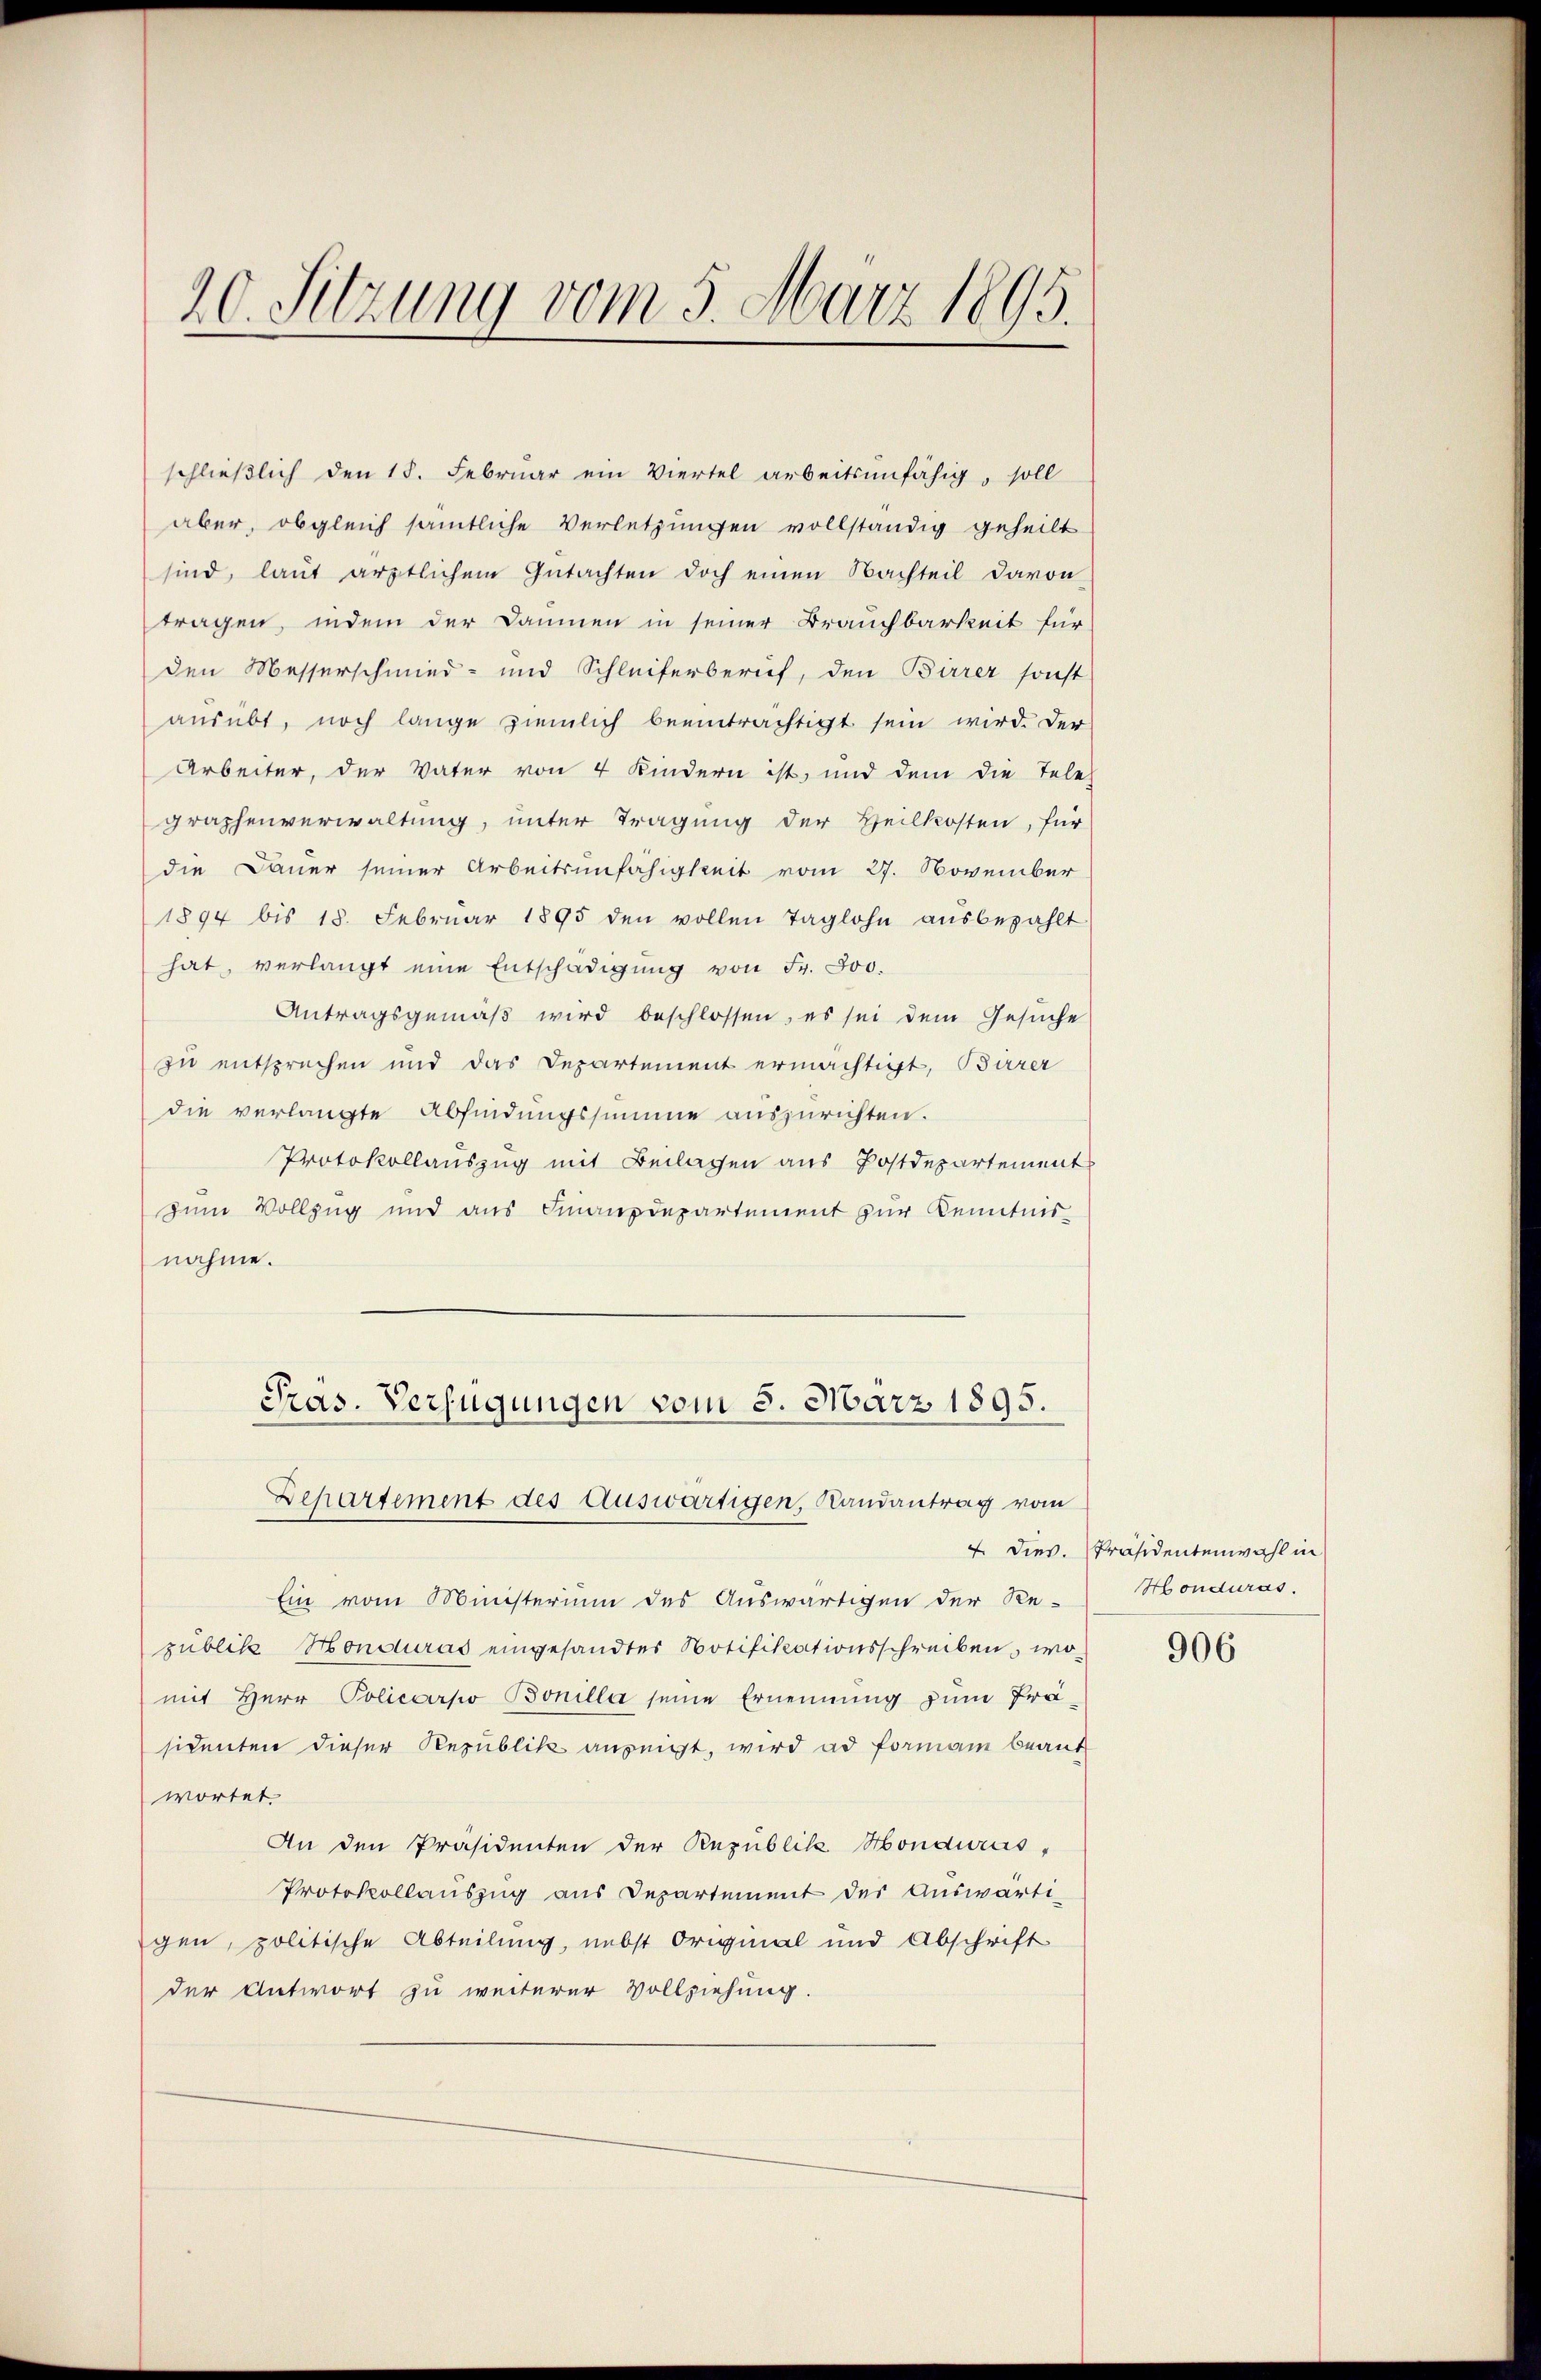
20. Sitzung vom 5. März 1895.

schlieβlich den 18. Februar ein Viertel arbeitsunfähig, soll
aber, obgleich sämtliche Verletzungen vollständig geheilt
sind, laut ärztlichem Gutachten doch einen Nachteil davon
tragen, indem der Daunen in seiner Brauchbarkeit für
den Messerschmied- und Schleiferberuf, den Birrer sonst
ausübt, noch lange ziemlich beeinträchtigt sein wird. Der
Arbeiter, der Vater von 4 Kindern ist, und dem die Tele
graphenverwaltung, unter Tragung der Heilkosten, für
die Dauer seiner Arbeitsunfähigkeit vom 27. November
1894 bis 18. Febrŭar 1895 den vollen Taglohn aŭsbezahlt
hat, verlangt eine Entschädigŭng von Fr. 800.
Antragsgemäβ wird beschlossen, es sei dem Gesuche
zu entsprechen und das Departement ermächtigt, Barer
die verlangte Abfindungssumme auszurichten.
Protokollauszug mit Beilagen aus Postdepartement
zum Vollzug und aŭs Finanzdepartement zŭr Kenntnis-
nahme.
Pras. Verfügungen vom 5. März 1895.
Departement des Auswärtigen, Randantrag vom
Ein vom Ministerium des Auswärtigen der Re-
publik Honduras eingesandter Notifikationsschreiben, womit Herr Policero Bonilla seine Ernennung zum Präsidenten dieser Republik anzeigt, wird ad formann beant
wortet.
An den Präsidenten der Republik Honduras,
Protokollauszug aus Departement der Auswärti-
gen, politische Abteilung, nebst Original und Abschrift
der Antwort zu weiterer Vollziehung.

dies. Präsidentenwahl in
Honduras.

906